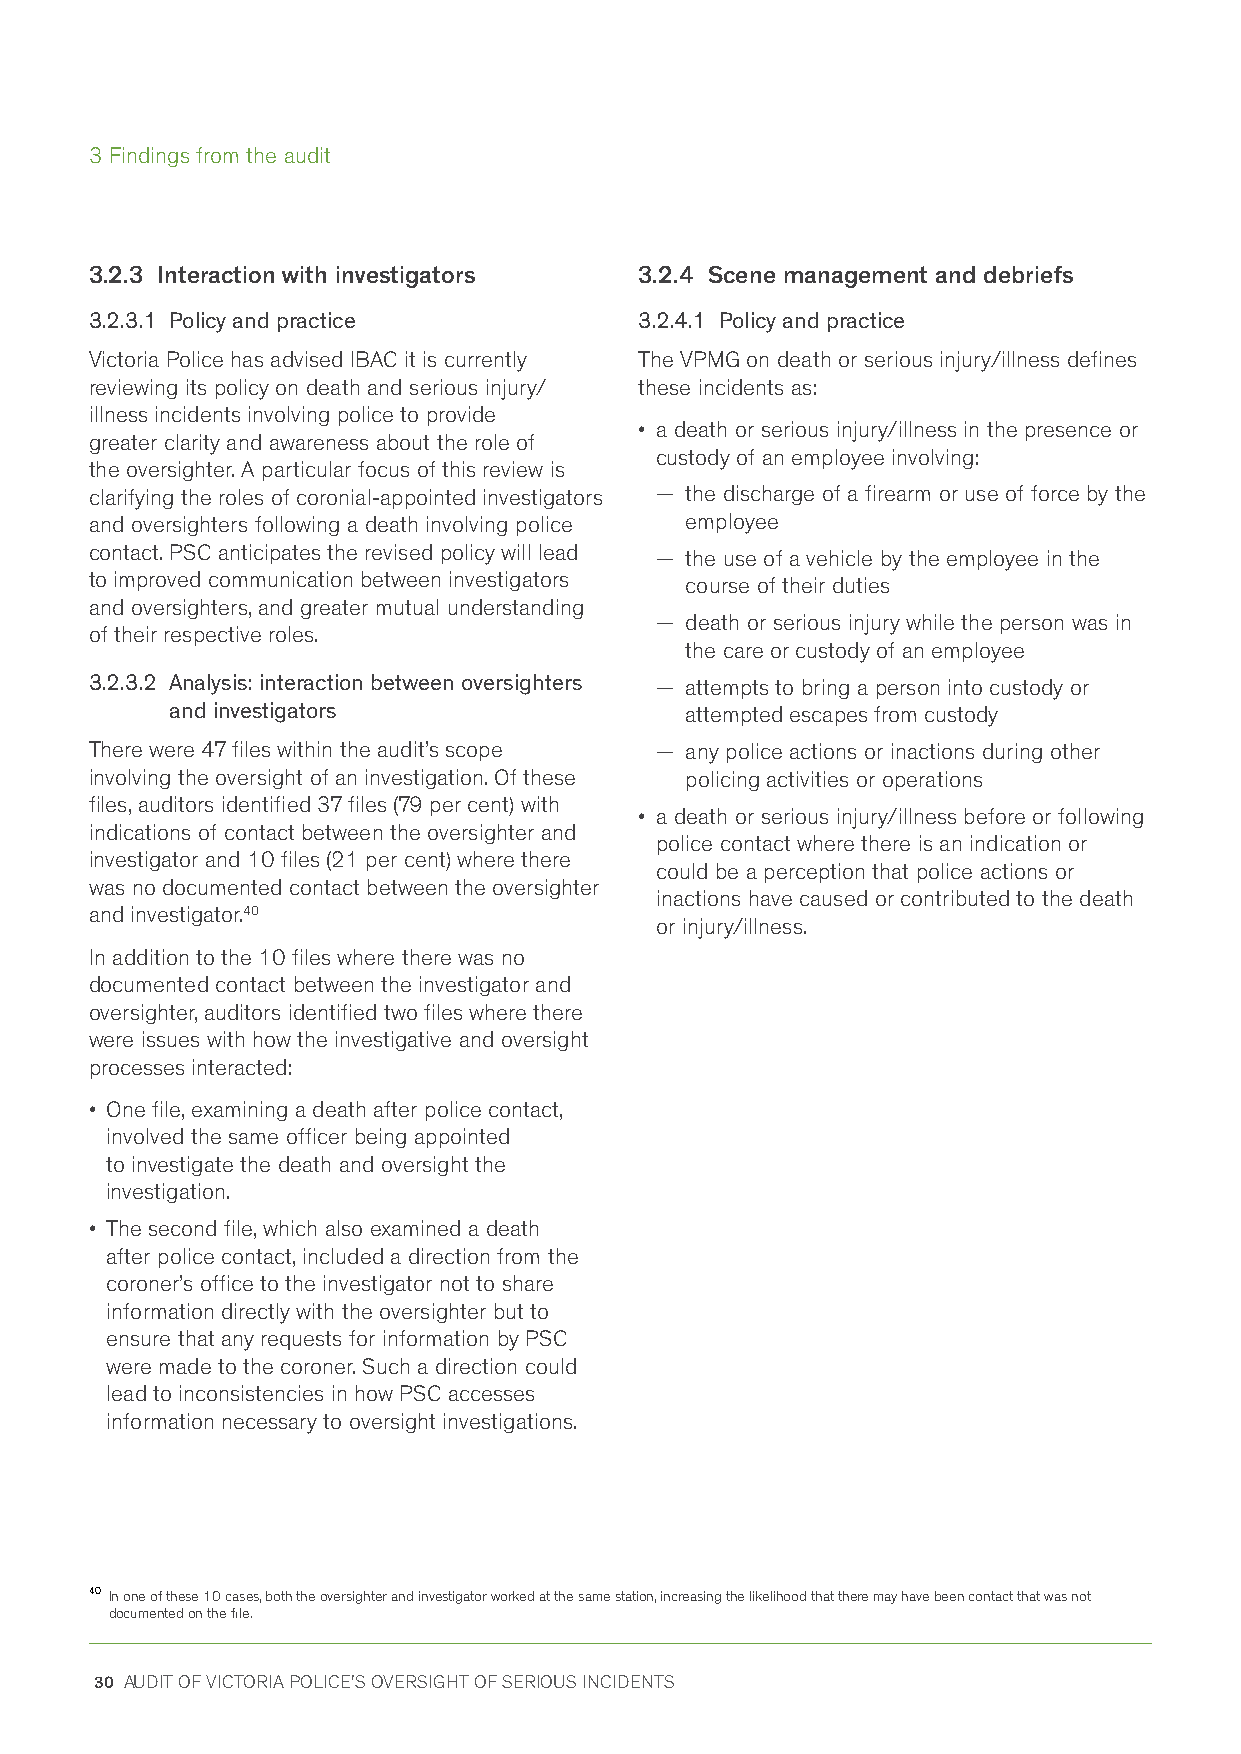
3 Findings from the audit
 3.2.3 Interaction with investigators 3.2.4 Scene management and debriefs
 3.2.3.1 Policy and practice         3.2.4.1 Policy and practice
 Victoria Police has advised IBAC it is currently The VPMG on death or serious injury/illness defines
 reviewing its policy on death and serious injury/ these incidents as:
 illness incidents involving police to provide
 • a death or serious injury/illness in the presence or
 greater clarity and awareness about the role of
 custody of an employee involving:
 the oversighter. A particular focus of this review is
 clarifying the roles of coronial-appointed investigators − the discharge of a firearm or use of force by the
 and oversighters following a death involving police employee
 contact. PSC anticipates the revised policy will lead − the use of a vehicle by the employee in the
 to improved communication between investigators course of their duties
 and oversighters, and greater mutual understanding
 − death or serious injury while the person was in
 of their respective roles.
 the care or custody of an employee
 3.2.3.2 Analysis: interaction between oversighters − attempts to bring a person into custody or
 and investigators                 attempted escapes from custody
 There were 47 files within the audit’s scope − any police actions or inactions during other
 involving the oversight of an investigation. Of these policing activities or operations
 files, auditors identified 37 files (79 per cent) with
 • a death or serious injury/illness before or following
 indications of contact between the oversighter and
 police contact where there is an indication or
 investigator and 10 files (21 per cent) where there
 could be a perception that police actions or
 was no documented contact between the oversighter
 inactions have caused or contributed to the death
 and investigator.40
 or injury/illness.
 In addition to the 10 files where there was no
 documented contact between the investigator and
 oversighter, auditors identified two files where there
 were issues with how the investigative and oversight
 processes interacted:
 • One file, examining a death after police contact,
 involved the same officer being appointed
 to investigate the death and oversight the
 investigation.
 • The second file, which also examined a death
 after police contact, included a direction from the
 coroner’s office to the investigator not to share
 information directly with the oversighter but to
 ensure that any requests for information by PSC
 were made to the coroner. Such a direction could
 lead to inconsistencies in how PSC accesses
 information necessary to oversight investigations.
 40 In one of these 10 cases, both the oversighter and investigator worked at the same station, increasing the likelihood that there may have been contact that was not
 documented on the file.
 30 AUDIT OF VICTORIA POLICE'S OVERSIGHT OF SERIOUS INCIDENTS